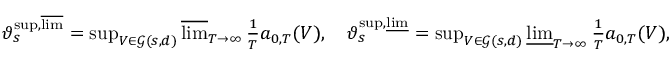
\begin{array} { r } { \vartheta _ { s } ^ { \operatorname* { s u p } , \varlimsup } = \operatorname* { s u p } _ { V \in \mathcal { G } ( s , d ) } \varlimsup _ { T \to \infty } \frac { 1 } { T } a _ { 0 , T } ( V ) , \quad \vartheta _ { s } ^ { \operatorname* { s u p } , \varliminf } = \operatorname* { s u p } _ { V \in \mathcal { G } ( s , d ) } \varliminf _ { T \to \infty } \frac { 1 } { T } a _ { 0 , T } ( V ) , } \end{array}